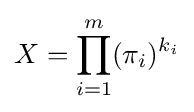
X=\prod _{i=1}^{m}(\pi _{i})^{k_{i}}